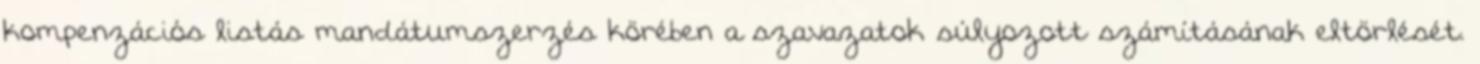
kompenzációs listás mandátumszerzés körében a szavazatok súlyozott számításának eltörlését.